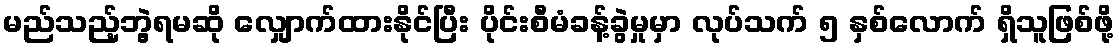
မည်သည့်ဘွဲ့ရမဆို လျှောက်ထားနိုင်ပြီး ပိုင်းစီမံခန့်ခွဲမှုမှာ လုပ်သက် ၅ နှစ်လောက် ရှိသူဖြစ်ဖို့